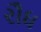
રૌધ